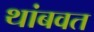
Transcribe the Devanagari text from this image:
थांबवत